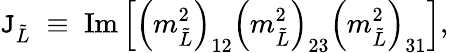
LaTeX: \mathtt{J}_{\tilde{{L}}}\; \equiv\; \mathrm{{Im}}\left[\left(m_{\tilde{{L}}}^{2}\right)_{12}\left(m_{\tilde{{L}}}^{2}\right)_{23}\left(m_{\tilde{{L}}}^{2}\right)_{31}\right],